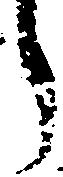
う